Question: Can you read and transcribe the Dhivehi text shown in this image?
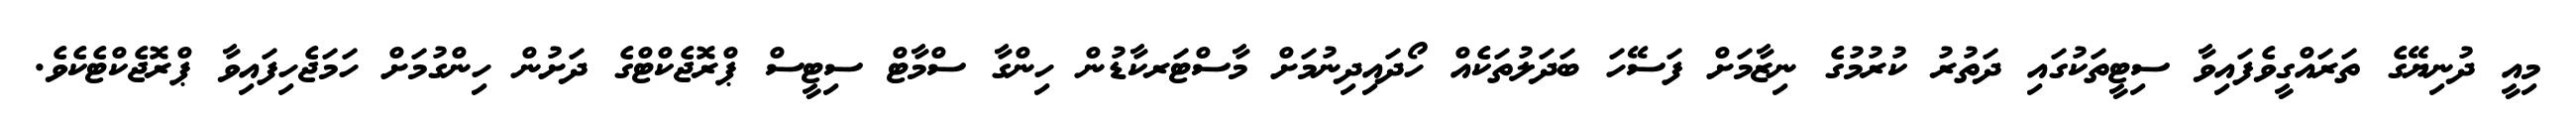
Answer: މިއީ ދުނިޔޭގެ ތަރައްގީވެފައިވާ ސިޓީތަކުގައި ދަތުރު ކުރުމުގެ ނިޒާމަށް ފަސޭހަ ބަދަލުތަކެއް ހޯދައިދިނުމަށް މާސްޓަރކާޑުން ހިންގާ ސްމާޓް ސިޓީސް ޕްރޮޖެކްޓްގެ ދަށުން ހިންގުމަށް ހަމަޖެހިފައިވާ ޕްރޮޖެކްޓެކެވެ.